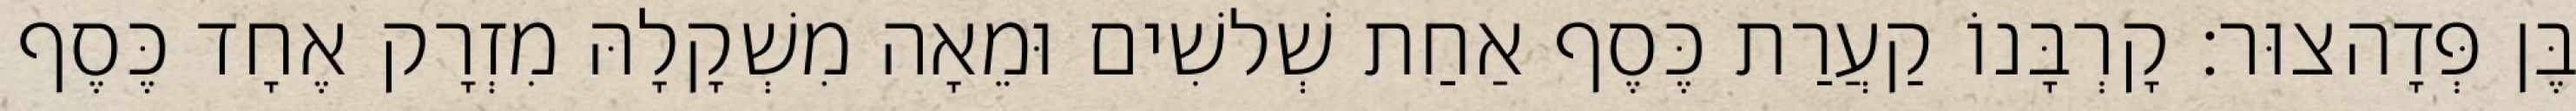
בֶּן פְּדָהצוּר׃ קָרְבָּנוֹ קַעֲרַת כֶּסֶף אַחַת שְׁלשִׁים וּמֵאָה מִשְׁקָלָהּ מִזְרָק אֶחָד כֶּסֶף